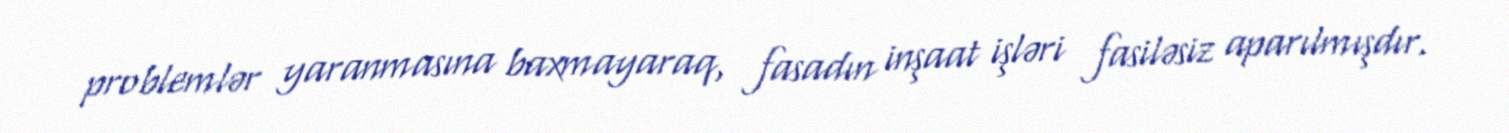
problemlər yaranmasına baxmayaraq, fasadın inşaat işləri fasiləsiz aparılmışdır.